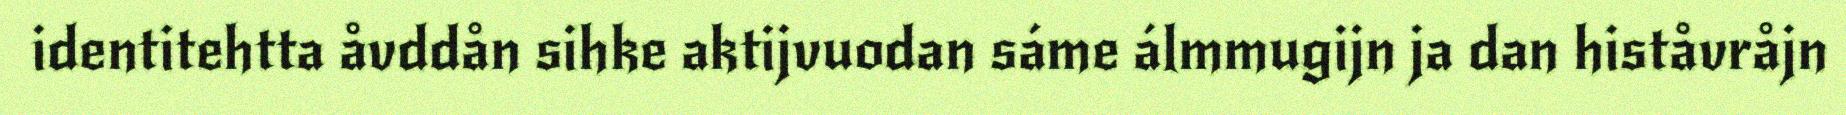
identitehtta åvddån sihke aktijvuodan sáme álmmugijn ja dan histåvråjn